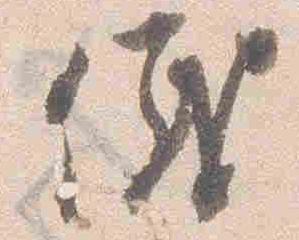
儀